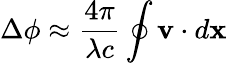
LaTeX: \Delta\phi\approx{\frac{4\pi}{\lambda c}}\oint\mathbf{v}\cdot d\mathbf{x}